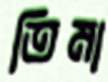
তিমা